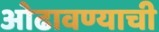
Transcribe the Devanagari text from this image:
ओढावण्याची